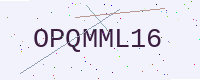
Text: OPQMML16